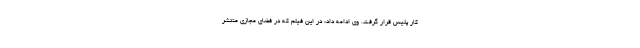
کار پلیس قرار گرفت. وی ادامه داد: در این فیلم که در فضای مجازی منتشر